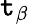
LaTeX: \mathtt{t}_{\beta}